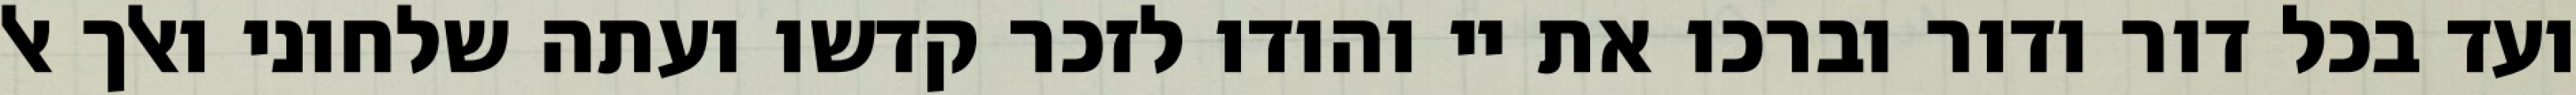
ועד בכל דור ודור וברכו את יי והודו לזכר קדשו ועתה שלחוני ואלך אל